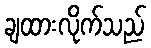
ချထားလိုက်သည်